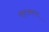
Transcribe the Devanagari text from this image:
फ्घ्फ्घ